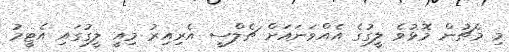
މި މެޗުން މޮޅުވެ ލީގުގެ އެއްވަނައަށް ޗެލްސީ އެރިއިރު މިއީ ލީގުގައި އެޓީމު